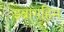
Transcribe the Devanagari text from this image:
इब्रागहिम